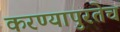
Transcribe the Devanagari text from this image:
करण्यापुरतेच